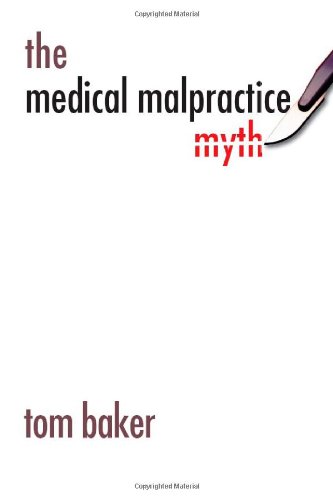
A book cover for The Medical Malpractice Myth; Tom Baker; Law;